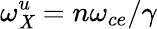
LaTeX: \omega_{\mathit{X}}^{u}=n\omega_{ce}/\gamma